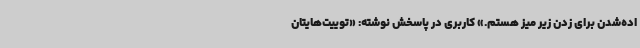
اده‌شدن برای زدن زیر میز هستم.» کاربری در پاسخش نوشته: «توییت‌هایتان